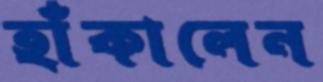
হাঁকালেন